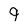
Character: 9